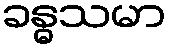
ခန္ဓသမာ